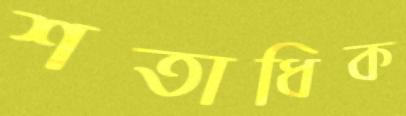
শতাধিক